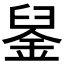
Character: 𨦴